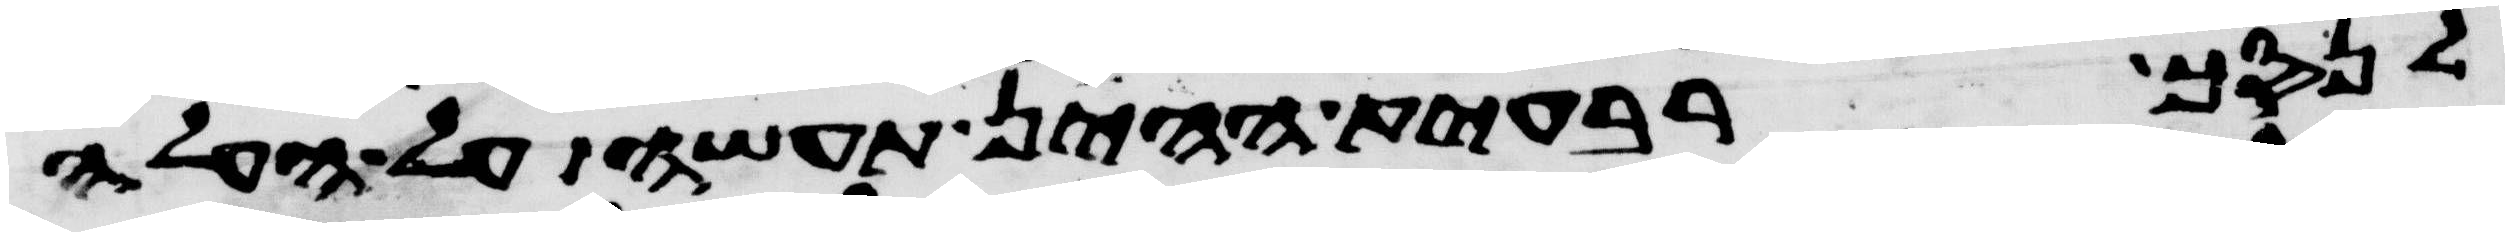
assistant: לנסך רבעית ההין תעשה על העלה